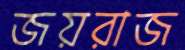
জয়রাজ